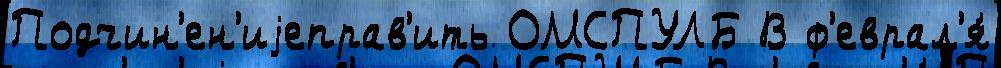
Подчин'ен'иjеправ'ить ОМСПУЛБ В ф'еврал'я́